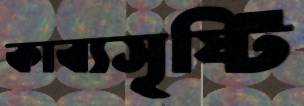
কাব্যসৃষ্টি